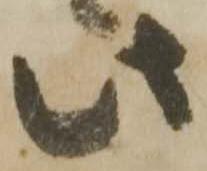
此